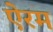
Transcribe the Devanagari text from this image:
ऐरम